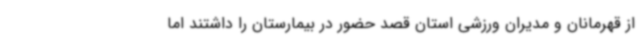
از قهرمانان و مدیران ورزشی استان قصد حضور در بیمارستان را داشتند اما